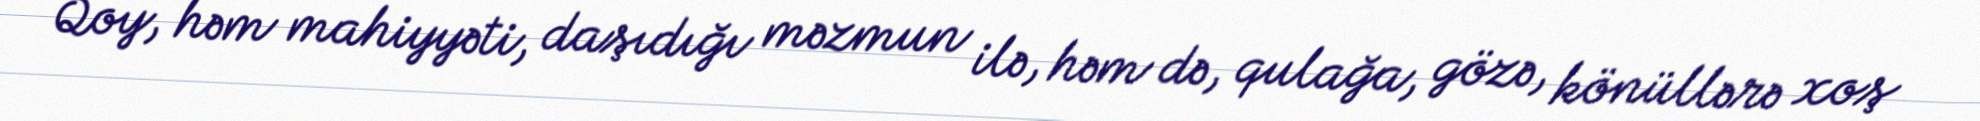
Qoy, həm mahiyyəti, daşıdığı məzmun ilə, həm də, qulağa, gözə, könüllərə xoş